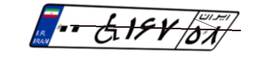
۰۰W۱۶۷۵۸